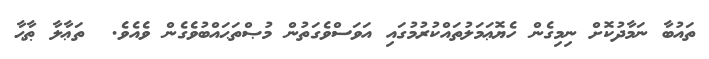
ތައުބާ ނަމާދުކޮށް ނިމިގެން ހެޔޮޢަމަލުތައްކުރުމުގައި އަވަސްވެގަތުން މުޞްތަޙައްބުވެގެން ވެއެވެ.  ތަޢާލާ ޠާޙާ